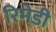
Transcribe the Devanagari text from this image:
रिमेडी